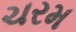
ચરમ